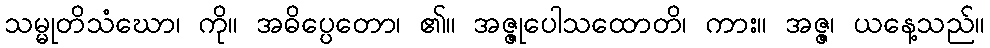
သမ္မုတိသံဃော၊ ကို။ အဓိပ္ပေတော၊ ၏။ အဇ္ဇုပေါသထောတိ၊ ကား။ အဇ္ဇ၊ ယနေ့သည်။